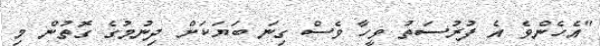
"އެހެންވެ އެ ފުރުސަތު ވީހާ ވެސް ގިނަ ބަޔަކަށް ދިނުމުގެ ގޮތުން މި